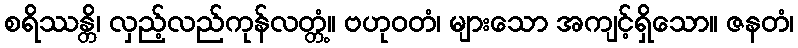
စရိဿန္တိ၊ လှည့်လည်ကုန်လတ္တံ့။ ဗဟုဝတံ၊ များသော အကျင့်ရှိသော။ ဇနတံ၊